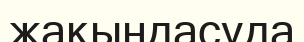
жақындасуда